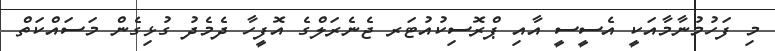
މި ފަހުމުނާމާއަކީ އެސީސީ އާއި ޕްރޮސިކުއުޓަރ ޖެނެރަލްގެ އޮފީހާ ދެމެދު ގުޅިގެން މަސައްކަތް